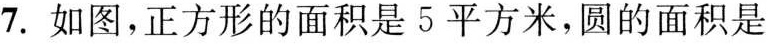
7.如图，正方形的面积是5平方米，圆的面积是